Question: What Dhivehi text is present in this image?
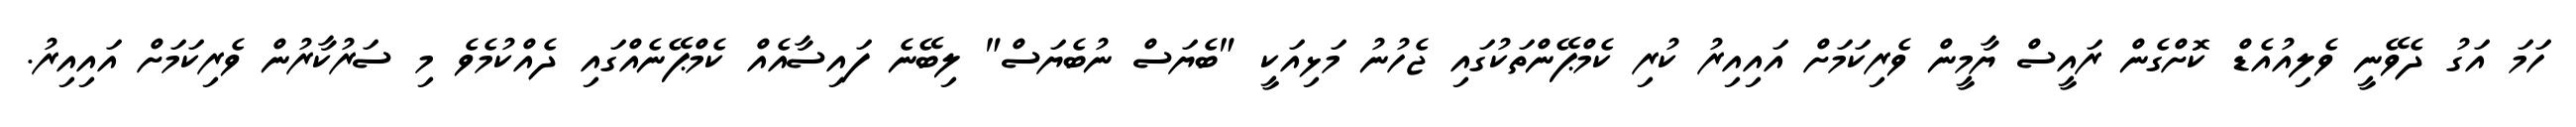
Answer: ހަމަ އަގު ދެވޭނީ ވެލިއުއެޑް ކޮށްގެން ރައީސް ޔާމީން ވެރިކަމަށް އައިއިރު ކުރި ކެމްޕޭންތަކުގައި ޖެހުނު މަޅިއަކީ "ބެޔަސް ނުބެޔަސް" ލިބޭނެ ފައިސާއެއް ކެމްޕޭނެއްގައި ދެއްކުމެވެ މި ސަރުކާރުން ވެރިކަމަށް އައިއިރު.